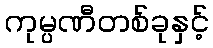
ကုမ္ပဏီတစ်ခုနှင့်